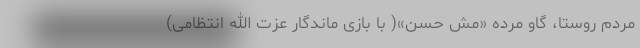
مردم روستا، گاو مُرده «مش حسن»( با بازی ماندگار عزت الله انتظامی)